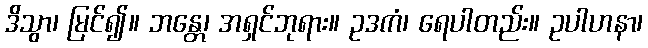
ဒိသွာ၊ မြင်၍။ ဘန္တေ၊ အရှင်ဘုရား။ ဥဒကံ၊ ရေပါတည်း။ ဥပါဟနာ၊